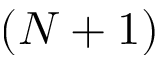
( N + 1 )